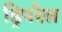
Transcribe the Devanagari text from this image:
ड्रिपरेल